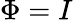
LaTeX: \Phi=I